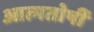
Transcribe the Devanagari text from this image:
आत्मतोषीं